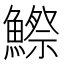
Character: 鰶